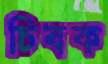
চিবক